Annual statistical returns and brief notes on vaccination in Bengal - 1896-1909
Year: 1896
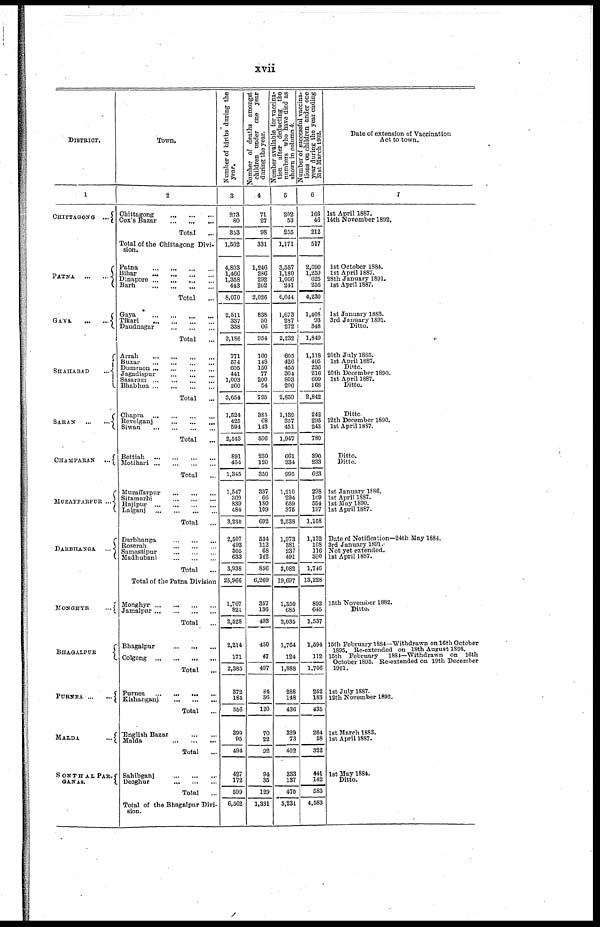
xvii
DISTRICT.
1
CHITTAGONG ...
PATNA
...
...
GAYA
...
...
SHAHABAD
...
SARAN
...
...
CHAMPARAN ...
MUZAFFARPUR ...
DARBHANGA ...
MONGHYR
...
BHAGALPUR
PURNEA
...
...
MANDA
...
SONTHALPAR¬
GANAS.
Town.
2
Chittagong ... ... ...
Cox's Bazar
...
...
...
Total
...
Total of the Chittagong Divi¬
sion.
Patna ... ... ... ...
Bihar
...
...
...
...
Dinapore ... ... ... ...
Barh ... ... ... ...
Total ...
Gaya ... ... ... ...
Tikari ... ... ... ...
Daudnagar
...
...
...
Total ...
Arrah
...
...
...
...
Buxar
...
...
...
...
Dumraon ... ... ... ...
Jagadispur ... ... ...
Sasaram ... ... ... ...
Bhabhua
...
...
...
...
Total ...
Chapra ... ... ... ...
Revelganj
...
...
...
Siwan
...
...
...
...
Total ...
Bettiah
...
...
...
...
Motihari
...
...
...
...
Total ...
Muzaffarpur
...
...
...
Sitamarhi
...
...
...
Hajipur
...
...
...
...
Lalganj
...
...
...
...
Total ...
Darbhanga
...
...
...
Roserah
...
...
...
Samastipur ... ... ...
Madhubani
...
...
...
Total ...
Total of the Patna Division
Monghyr
...
...
...
...
Jamalpur ... ... ... ...
Total ...
Bhagalpur
...
...
...
Colgong
...
...
...
...
Total ...
Purnea
...
...
...
...
Kishanganj
...
...
...
Total ...
English Bazar
Malda
...
...
...
Total ...
Sahibganj ... ... ...
Deoghur ... ... ...
Total ...
Total of the Bhagalpur Divi-
sion.
Number of births during the
year.
3
273
80
353
1,502
4,803
1,466
1,358
443
8,070
2,511
337
338
3,186
771
574
605
441
1,003
260
3,654
1,524
425
594
2,543
891
454
1,345
1,547
360
839
484
3,230
2,507
493
305
633
3,938
25,966
1,707
821
2,528
2,214
171
2,385
372
184
556
399
95
494
427
172
599
6,562
Number of deaths amongst
children under one year
during the year.
4
71
27
98
331
1,246
286
292
202
2,026
838
50
66
954
166
148
150
77
200
54
795
385
68
143
596
230
120
350
337
66
180
109
692
534
112
68
142
856
6,269
357
136
493
450
47
497
84
36
120
70
22
92
94
35
129
1,331
Number available for vaccina¬
tion after deducting the
numbers who have died as
shown in column 4.
5
202
53
255
1,171
3,557
1,180
1,066
241
6,044
1,673
287
272
2,232
605
426
455
364
803
206
2,859
1,139
357
451
1,947
661
334
995
1,210
294
659
375
2,538
1,973
381
237
491
3,082
19,697
1,350
685
2,035
1,764
124
1,888
288
148
436
329
73
402
333
137
470
5,231
Number of successful vaccina¬
tions on children tinder one
year during the year ending
31st March 1902.
6
166
46
212
517
2,090
1,259
625
256
4,230
1,408
93
348
1,849
1,118
405
236
216
699
168
2,842
242
295
243
780
390
233
623
298
109
554
197
1,158
1,132
108
116
390
1,746
13,228
892
645
1,537
1,594
112
1,706
252
183
435
264
58
322
441
142
583
4,583
Date of extension of Vaccination
Act to town.
7
1st April 1887.
14th November 1892.
1st October 1884.
1st April 1887.
28th January 1891.
1st April 1887.
1st January 1888.
3rd January 1891.
Ditto.
20th July 1885.
1st April 1887.
Ditto.
20th December 1890.
1st April 1887.
Ditto.
Ditto
12th December 1890.
1st April 1887.
Ditto.
Ditto.
1st January 1886.
1st April 1887.
1st May 1890.
1st April 1887.
Date of Notification—24th May 1884.
3rd January 1891.
Not yet extended.
1st April 1887.
15th November 1882.
Ditto.
15th February 1884—Withdrawn on 16th October
1895. Re-extended on 18th August 1898.
15th February
1884—Withdrawn on 16th
October 1895. Re-extended on 19th December
1901.
1st July 1887.
12th November 1892.
1st March 1883.
1st April 1887.
1st May 1884.
Ditto.